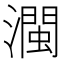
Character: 𤁝